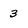
Character: 3